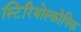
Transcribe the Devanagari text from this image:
स्टिरियोस्कोपिक